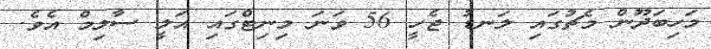
މަހިބަދޫން މެޗުގައި ލަނޑު ޖެހީ 56 ވަނަ މިނިޓްގައި އަލީ ސާލިމް އެވެ.